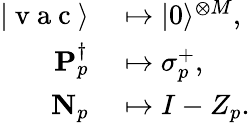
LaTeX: \begin{array}{rl}{|\mathrm{~v~a~c~}\rangle}&{{}\mapsto|{0}\rangle^{\otimes M},}\\ {\mathbf{P}_{p}^{\dagger}}&{{}\mapsto\sigma_{p}^{+},}\\ {\mathbf{N}_{p}}&{{}\mapsto I-{Z}_{p}.}\end{array}